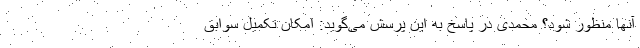
آنها منظور شود؟ محمدی در پاسخ به این پرسش می‌گوید: امکان تکمیل سوابق